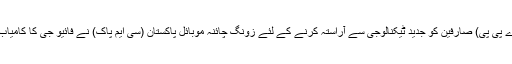
22 اگست (اے پی پی) صارفین کو جدید ٹیکنالوجی سے آراستہ کرنے کے لئے زونگ چائنہ موبائل پاکستان (سی ایم پاک) نے فائیو جی کا کامیاب تجربہ کرلیا۔